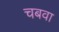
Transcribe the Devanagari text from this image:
चबवा